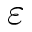
\varepsilon